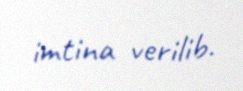
imtina verilib.